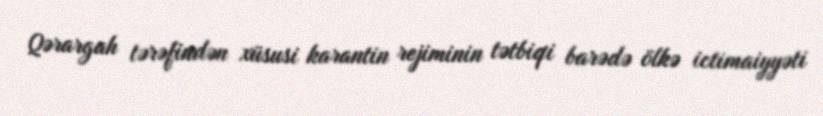
Qərargah tərəfindən xüsusi karantin rejiminin tətbiqi barədə ölkə ictimaiyyəti